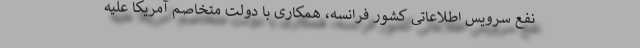
نفع سرویس اطلاعاتی کشور فرانسه، همکاری با دولت متخاصم آمریکا علیه